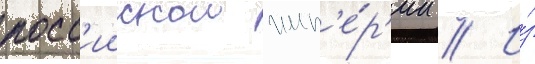
росс'иискои имп'е́р'ии // И́з